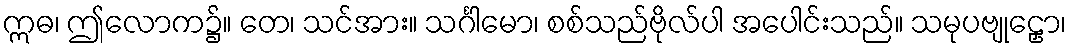
ဣဓ၊ ဤလောက၌။ တေ၊ သင်အား။ သင်္ဂါမော၊ စစ်သည်ဗိုလ်ပါ အပေါင်းသည်။ သမုပဗျုဠှော၊